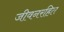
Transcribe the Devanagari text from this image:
जीवनरहित